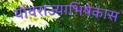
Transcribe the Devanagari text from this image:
यौवराज्याभिषेकास